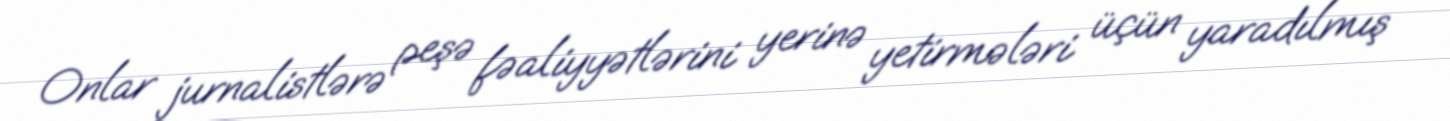
Onlar jurnalistlərə peşə fəaliyyətlərini yerinə yetirmələri üçün yaradılmış